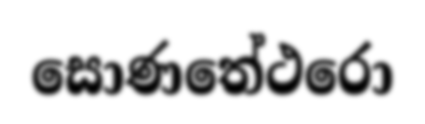
සොණතේථරො